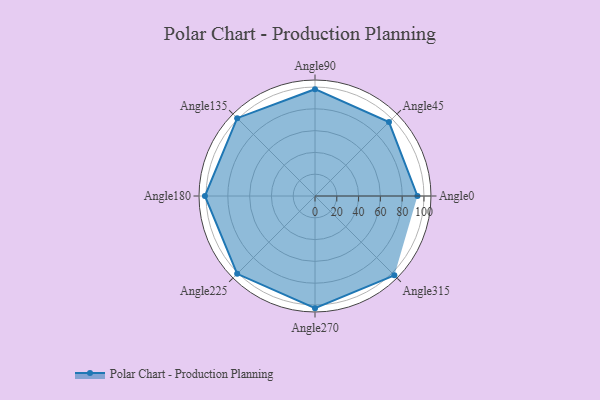
{"axis": {"x": "Angle", "y": "Radius"}, "legend": [""], "data": [{"x": "Angle0", "y": 94.0, "type": ""}, {"x": "Angle45", "y": 96.0, "type": ""}, {"x": "Angle90", "y": 98.0, "type": ""}, {"x": "Angle135", "y": 101.0, "type": ""}, {"x": "Angle180", "y": 101.0, "type": ""}, {"x": "Angle225", "y": 101.0, "type": ""}, {"x": "Angle270", "y": 103.0, "type": ""}, {"x": "Angle315", "y": 103.0, "type": ""}]}